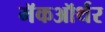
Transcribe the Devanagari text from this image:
मॅकऑर्थर